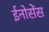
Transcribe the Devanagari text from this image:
ईनोसेंस